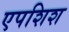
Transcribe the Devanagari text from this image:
एपशिश